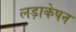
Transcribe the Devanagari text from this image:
लड़ाकेपन